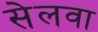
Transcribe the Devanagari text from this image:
सेलवा